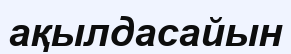
ақылдасайын